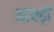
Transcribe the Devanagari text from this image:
आक्ड़ों